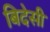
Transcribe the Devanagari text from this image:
बिदेसी